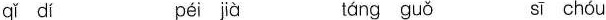
qǐ dí péi jà táng guǒ sī chóu